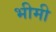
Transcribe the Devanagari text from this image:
भीमी